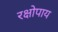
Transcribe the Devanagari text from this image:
रक्षोपाय